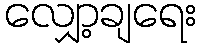
လျှော့ချရေး